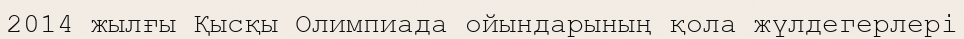
2014 жылғы Қысқы Олимпиада ойындарының қола жүлдегерлері